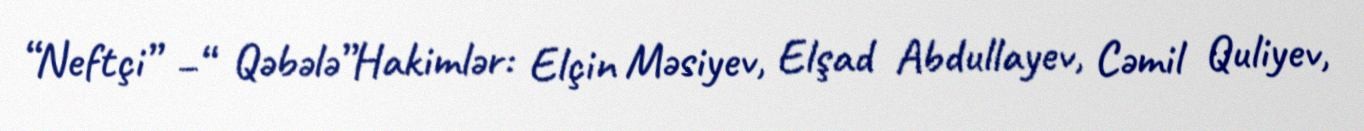
“Neftçi” –“ Qəbələ”Hakimlər: Elçin Məsiyev, Elşad Abdullayev, Cəmil Quliyev,